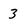
Character: 3